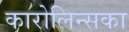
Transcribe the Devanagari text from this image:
कारोलिन्सका